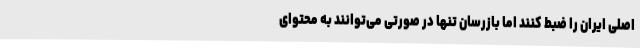
اصلی ایران را ضبط کنند اما بازرسان تنها در صورتی می‌توانند به محتوای